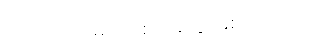
အလင်းအမျိုးအစားတွေ ဖြစ်ပါတယ်။